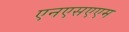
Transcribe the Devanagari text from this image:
एनएसएएम